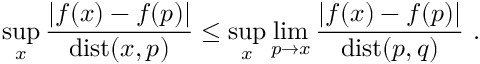
\operatorname * { s u p } _ { x } \frac { | f ( x ) - f ( p ) | } { \mathrm { d i s t } ( x , p ) } \leq \operatorname * { s u p } _ { x } \operatorname * { l i m } _ { p \to x } \frac { | f ( x ) - f ( p ) | } { \mathrm { d i s t } ( p , q ) } ~ .